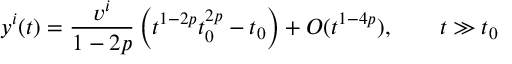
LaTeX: y ^ { i } ( t ) = \frac { v ^ { i } } { 1 - 2 p } \left( t ^ { 1 - 2 p } t _ { 0 } ^ { 2 p } - t _ { 0 } \right) + { \cal O } ( t ^ { 1 - 4 p } ) , \qquad t \gg t _ { 0 }